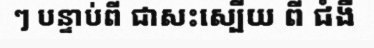
ៗ បន្ទាប់ពី ជាសះស្បើយ ពី ជំងឺ